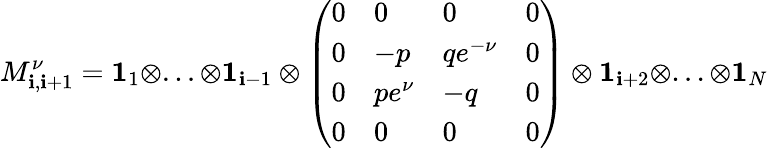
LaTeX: M_{\mathbf{i},\mathbf{i}+1}^{\nu}=\mathbf{{1}}_{1}\otimes...\otimes\mathbf{{1}}_{\mathbf{i}-1}\otimes\left(\begin{array}{llll}{0}&{0}&{0}&{0}\\ {0}&{-p}&{qe^{-\nu}}&{0}\\ {0}&{pe^{\nu}}&{-q}&{0}\\ {0}&{0}&{0}&{0}\end{array}\right)\otimes\mathbf{{1}}_{\mathbf{i}+2}\otimes...\otimes\mathbf{{1}}_{N}